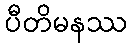
ပီတိမနဿ